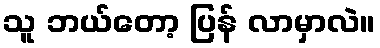
သူ ဘယ်တော့ ပြန် လာမှာလဲ။